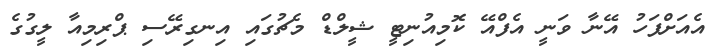
އެއަށްފަހު އޭނާ ވަނީ އެފްއޭ ކޮމިއުނިޓީ ޝީލްޑް މެޗުގައި އިނގިރޭސި ޕްރިމިއާ ލީގުގެ